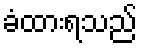
ခံထားရသည်